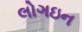
લોગઇન